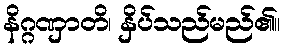
နိဂ္ဂဏှာတိ၊ နှိပ်သည်မည်၏။